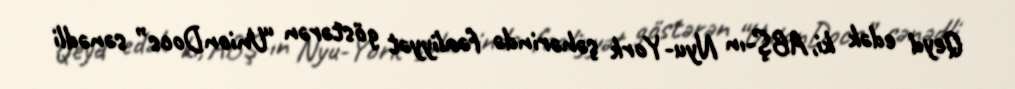
Qeyd edək ki, ABŞ-ın Nyu-York şəhərində fəaliyyət göstərən “UnionDocs” sənədli